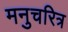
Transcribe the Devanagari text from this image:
मनुचरित्र